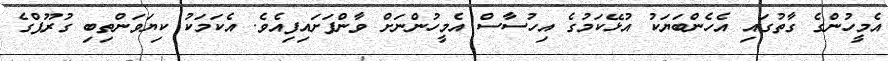
އެމީހުންގެ ގާތުގައި އެހެންބަޔަކު އުޅޭކަމުގެ އިހުސާސް އެމީހުންނަށް ވާންފަށައިފިއެވެ. އެކަމަކު ކިޔަވަންތިބި ގުރޫޕްގެ